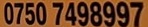
0750 7498997